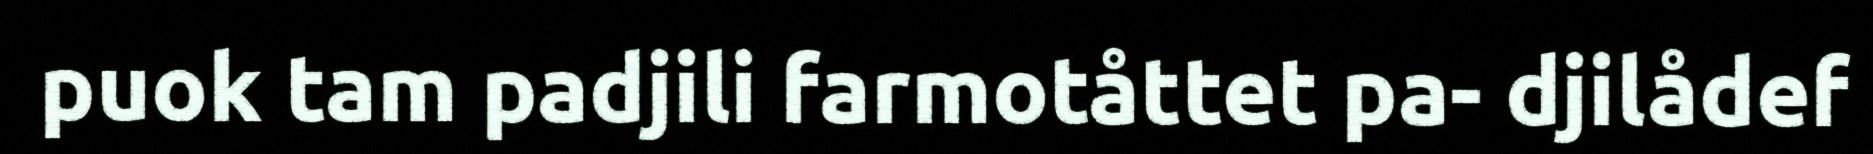
puok tam padjili farmotåttet pa- djilådef